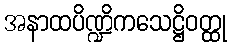
အနာထပိဏ္ဍိကသေဋ္ဌိဝတ္ထု